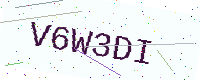
Text: V6W3DI